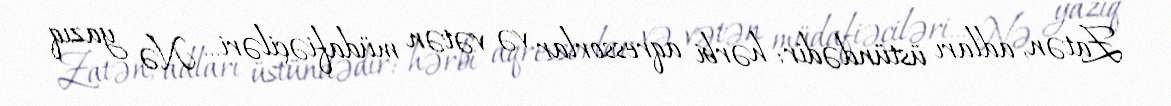
Zatən, adları üstündədir: hərbi aqressorlar və vətən müdafiəçiləri... Nə yazıq